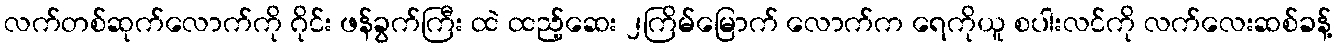
လက်တစ်ဆုက်လောက်ကို ဂိုင်း ဖန်ခွက်ကြီး ထဲ ထည့်ဆေး ၂ကြိမ်မြောက် လောက်က ရေကိုယူ စပါးလင်ကို လက်လေးဆစ်ခန့်